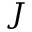
J